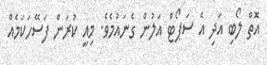
އޮތް ލޯބި އަދި އެ ސަޕޯޓް އަލުން ގެނައުމެވެ. މިއީ ކުރަން ފަސޭހަކަމެއް